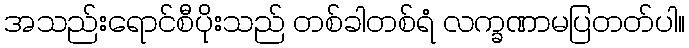
အသည်းရောင်စီပိုးသည် တစ်ခါတစ်ရံ လက္ခဏာမပြတတ်ပါ။